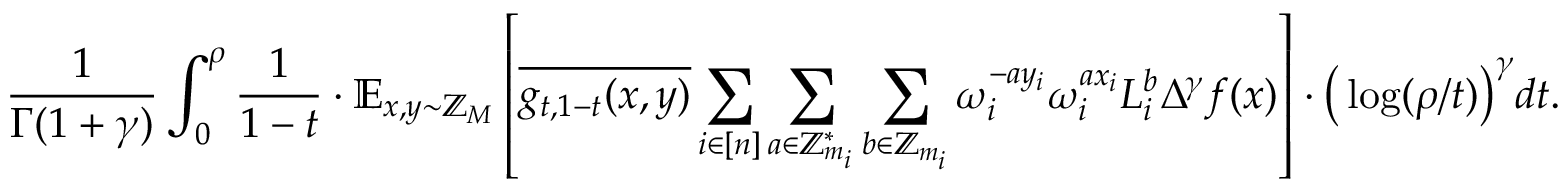
\frac { 1 } { \Gamma ( 1 + \gamma ) } \int _ { 0 } ^ { \rho } \frac { 1 } { 1 - t } \cdot \mathbb { E } _ { x , y \sim \mathbb { Z } _ { M } } \left[ \overline { { g _ { t , 1 - t } ( x , y ) } } \sum _ { i \in [ n ] } \sum _ { a \in \mathbb { Z } _ { m _ { i } } ^ { * } } \sum _ { b \in \mathbb { Z } _ { m _ { i } } } \omega _ { i } ^ { - a y _ { i } } \omega _ { i } ^ { a x _ { i } } L _ { i } ^ { b } \Delta ^ { \gamma } f ( x ) \right] \cdot \big ( \log ( \rho / t ) \big ) ^ { \gamma } d t .